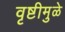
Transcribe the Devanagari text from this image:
वृष्टीमुळे